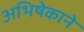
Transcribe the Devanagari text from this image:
अभिषेकाने